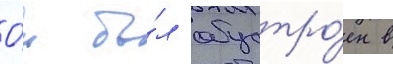
О́н бы́л обустро́ен в